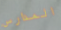
المدارس